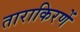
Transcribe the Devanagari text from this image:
ताराकिरणें